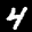
Label: 4